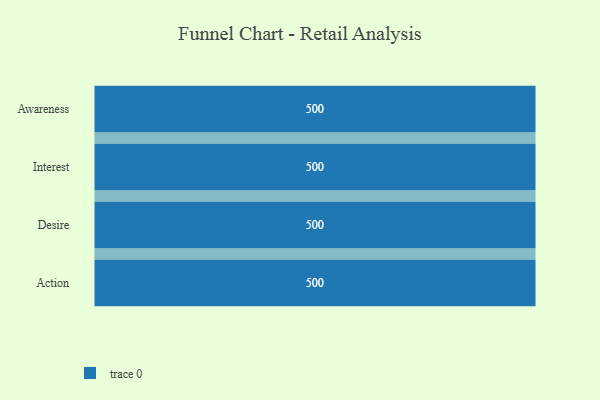
{"axis": {"x": "Stage", "y": "Value"}, "legend": [""], "data": [{"x": "Awareness", "y": 500, "type": ""}, {"x": "Interest", "y": 500, "type": ""}, {"x": "Desire", "y": 500, "type": ""}, {"x": "Action", "y": 500, "type": ""}]}